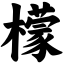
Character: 檬